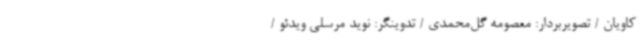
کاویان / تصویربردار: معصومه گل‌محمدی / تدوینگر: نوید مرسلی ویدئو /